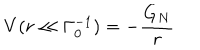
LaTeX: V ( r \ll \Gamma _ { 0 } ^ { - 1 } ) = - \frac { G _ { N } } { r }